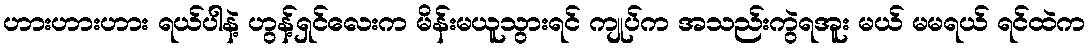
ဟားဟားဟား ရယ်ပါနဲ့ ဟွန့်ရှင်လေးက မိန်းမယူသွားရင် ကျုပ်က အသည်းကွဲရအူး မယ် မမရယ် ရင်ထဲက